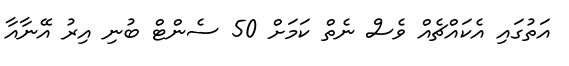
އަތުގައި އެކައްޗެއް ވެސް ނެތް ކަމަށް 50 ސެންޓް ބުނި އިރު އޭނާއާ